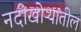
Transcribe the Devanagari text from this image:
नदीखोऱ्यातील